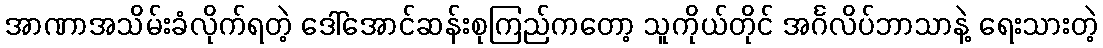
အာဏာအသိမ်းခံလိုက်ရတဲ့ ဒေါ်အောင်ဆန်းစုကြည်ကတော့ သူကိုယ်တိုင် အင်္ဂလိပ်ဘာသာနဲ့ ရေးသားတဲ့